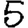
Digit: 5